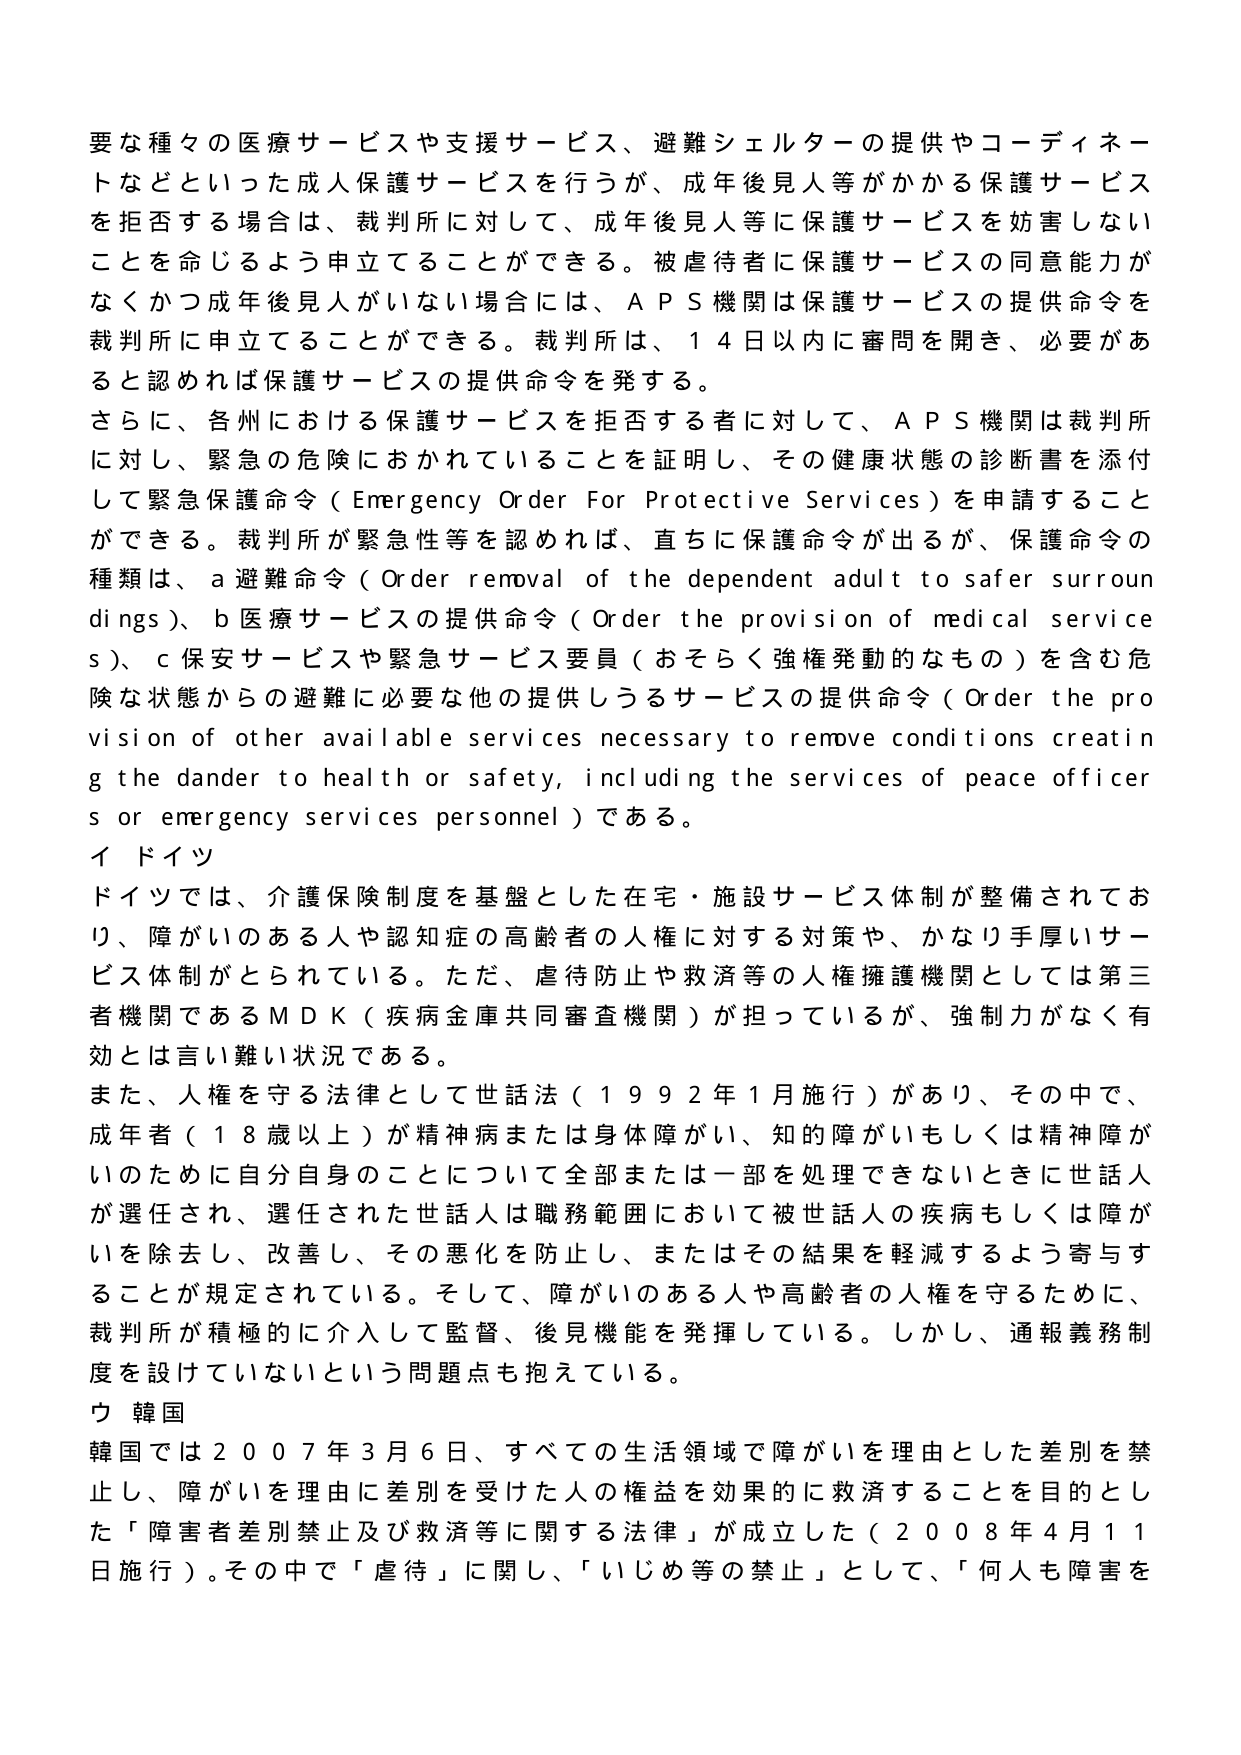
要な種々の医療サービスや支援サービス、避難シェルターの提供やコーディネートなどといった成人保護サービスを行うが、成年後見人等がかかる保護サービスを拒否する場合は、裁判所に対して、成年後見人等に保護サービスを妨害しないことを命じるよう申立てることができる。被虐待者に保護サービスの同意能力がなくかつ成年後見人がいない場合には、ＡＰＳ機関は保護サービスの提供命令を裁判所に申立てることができる。裁判所は、１４日以内に審問を開き、必要があると認めれば保護サービスの提供命令を発する。

さらに、各州における保護サービスを拒否する者に対して、ＡＰＳ機関は裁判所に対し、緊急の危険におかれていることを証明し、その健康状態の診断書を添付して緊急保護命令（Emergency Order For Protective Services）を申請することができる。裁判所が緊急性等を認めれば、直ちに保護命令が出るが、保護命令の種類は、ａ避難命令（Order removal of the dependent adult to safer surroundings）、ｂ医療サービスの提供命令（Order the provision of medical services）、ｃ保安サービスや緊急サービス要員（おそらく強権発動的なもの）を含む危険な状態からの避難に必要な他の提供しうるサービスの提供命令（Order the provision of other available services necessary to remove conditions creating the danger to health or safety, including the services of peace officers or emergency services personnel）である。

イ ドイツ

ドイツでは、介護保険制度を基盤とした在宅・施設サービス体制が整備されており、障がいのある人や認知症の高齢者の人権に対する対策や、かなり手厚いサービス体制がとられている。ただ、虐待防止や救済等の人権擁護機関としては第三者機関であるＭＤＫ（疾病金庫共同審査機関）が担っているが、強制力がなく有効とは言い難い状況である。

また、人権を守る法律として世話法（１９９２年１月施行）があり、その中で、成年者（１８歳以上）が精神病または身体障がい、知的障がいもしくは精神障がいのために自分自身のことについて全部または一部を処理できないときに世話人が選任され、選任された世話人は職務範囲において被世話人の疾病もしくは障がいを除去し、改善し、その悪化を防止し、またはその結果を軽減するよう寄与することが規定されている。そして、障がいのある人や高齢者の人権を守るために、裁判所が積極的に介入して監督、後見機能を発揮している。しかし、通報義務制度を設けていないという問題点も抱えている。

ウ 韓国

韓国では２００７年３月６日、すべての生活領域で障がいを理由とした差別を禁止し、障がいを理由に差別を受けた人の権益を効果的に救済することを目的とした「障害者差別禁止及び救済等に関する法律」が成立した（２００８年４月１１日施行）。その中で「虐待」に関し、「いじめ等の禁止」として、「何人も障害を